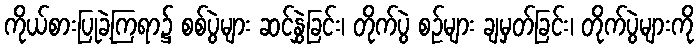
ကိုယ်စားပြုခဲ့ကြရာ၌ စစ်ပွဲများ ဆင်နွှဲခြင်း၊ တိုက်ပွဲ စဉ်များ ချမှတ်ခြင်း၊ တိုက်ပွဲများကို